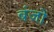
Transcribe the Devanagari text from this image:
बंजो